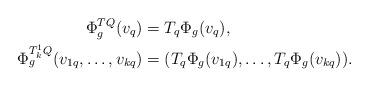
LaTeX: \begin{align*}\Phi^{TQ}_g(v_q)&=T_q\Phi_g(v_q), \\\Phi^{T^1_kQ}_g(v_{1q},\dots,v_{kq})&=(T_q\Phi_g(v_{1q}),\dots,T_q\Phi_g(v_{kq})).\end{align*}